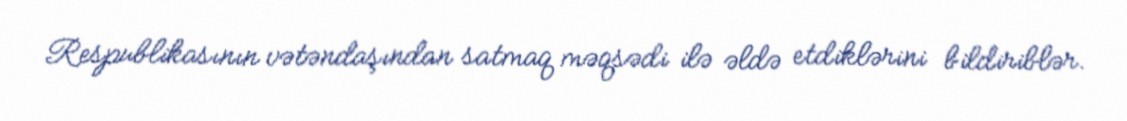
Respublikasının vətəndaşından satmaq məqsədi ilə əldə etdiklərini bildiriblər.